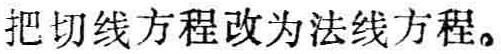
把切线方程改为法线方程。